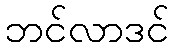
ဘင်လာဒင်